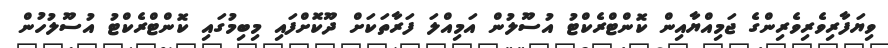
ވިޔަފާރިވެރިވެރިންގެ ޖަމިއްޔާއިން ކޮންޓްރެކްޓު އުސޫލުން އަމިއްލަ ފަރާތަކަށް ދޫކޮށްފައި މިބިމުގައި ކޮންޓްރެކްޓު އުސޫލުހުން